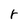
Character: r